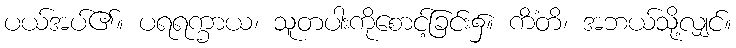
ပယ်အပ်၏။ ပရရက္ခာယ၊ သူတပါးကိုစောင့်ခြင်း၌။ ကိံတိ၊ အဘယ်သို့လျှင်။